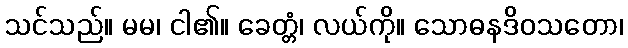
သင်သည်။ မမ၊ ငါ၏။ ခေတ္တံ၊ လယ်ကို။ သောဓနဒိဝသတော၊